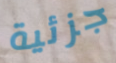
جزئية